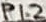
Text: P1.2